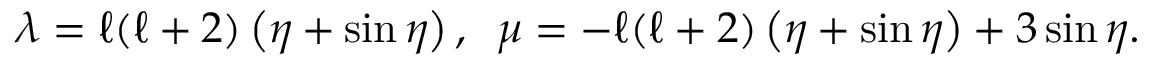
\lambda = \ell ( \ell + 2 ) \left( \eta + \sin \eta \right) , \; \; \mu = - \ell ( \ell + 2 ) \left( \eta + \sin \eta \right) + 3 \sin \eta .